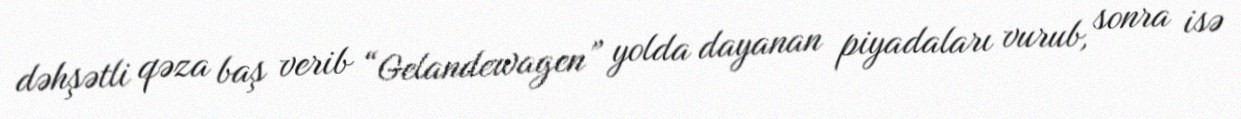
dəhşətli qəza baş verib “Gelandewagen” yolda dayanan piyadaları vurub, sonra isə